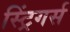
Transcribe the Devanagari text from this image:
स्ट्रिंगर्स